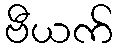
ဗီယက်